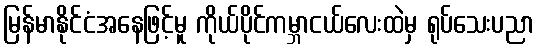
မြန်မာနိုင်ငံအနေဖြင့်မူ ကိုယ်ပိုင်ကမ္ဘာငယ်လေးထဲမှ ရုပ်သေးပညာ